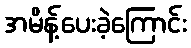
အမိန့်ပေးခဲ့ကြောင်း